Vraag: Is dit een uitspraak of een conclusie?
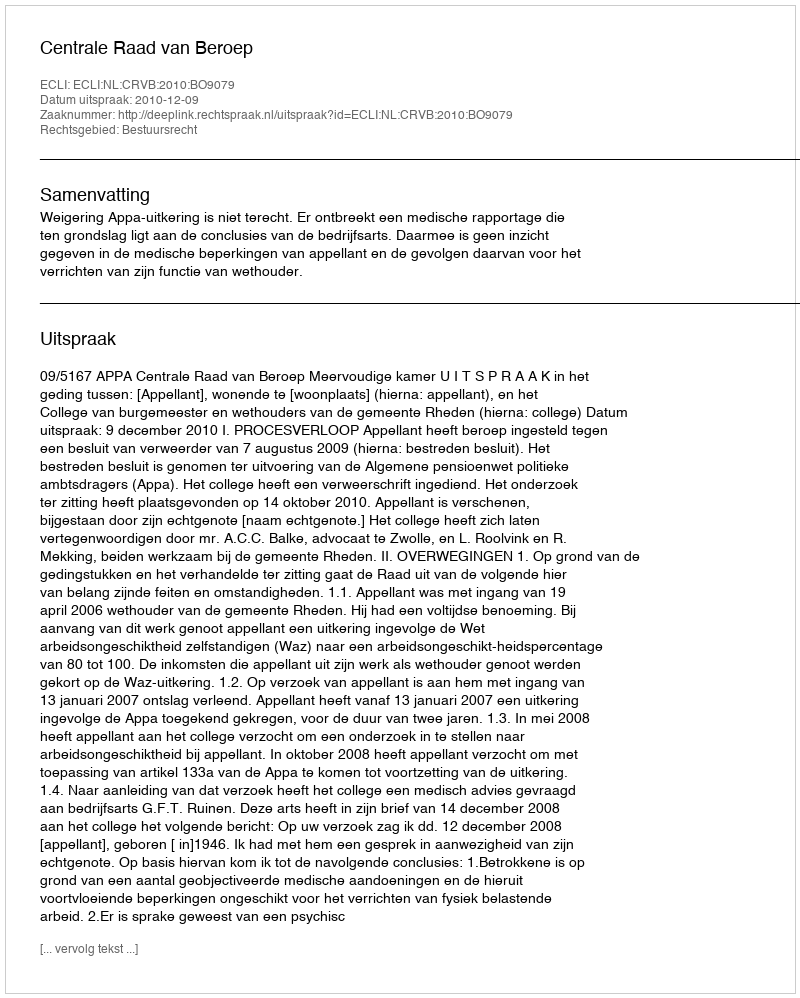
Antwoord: Uitspraak